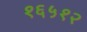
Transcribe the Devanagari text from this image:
१६५१२